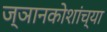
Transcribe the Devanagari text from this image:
ज्ञानकोशांच्या